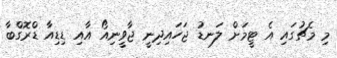
މި މެޗުގައި އެ ޓީމަށް ލަނޑު ޖަހައިދިނީ ޖާވީނިއޯ އާއި ޑިޑިއާ ޑްރޮގްބާ